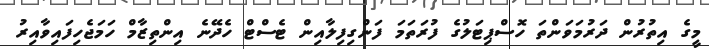
މީގެ އިތުރުން ދަރުމަވަންތަ ހޮސްޕިޓަލުގެ ފުރަތަމަ ފަންގިފިލާއިން ޓެސްޓް ހެދޭނެ އިންތިޒާމް ހަމަޖެހިފައިވާއިރު